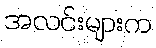
အလင်းများက